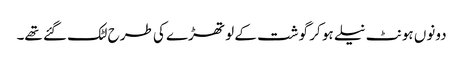
دونوں ہونٹ نیلے ہو کر گوشت کے لو تھڑے کی طرح لٹک گئے تھے۔